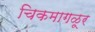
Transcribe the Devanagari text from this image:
चिकमागळूर